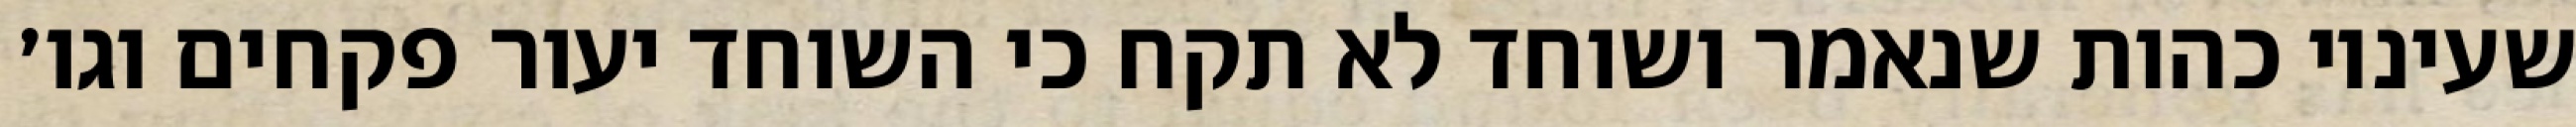
שעיניו כהות שנאמר ושוחד לא תקח כי השוחד יעור פקחים וגו׳